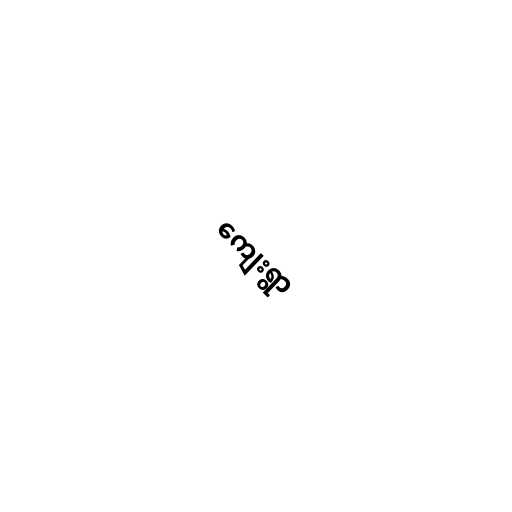
ကျေးရွာ